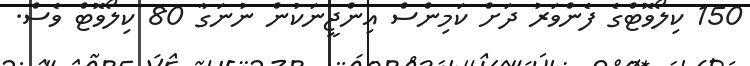
150 ކިލޯވޮޓްގެ ފެންވަރު ދަށް ކަމިންސް އިންޖީނަކުން ނުނަގާ 80 ކިލޯވޮޓް ވެސް.